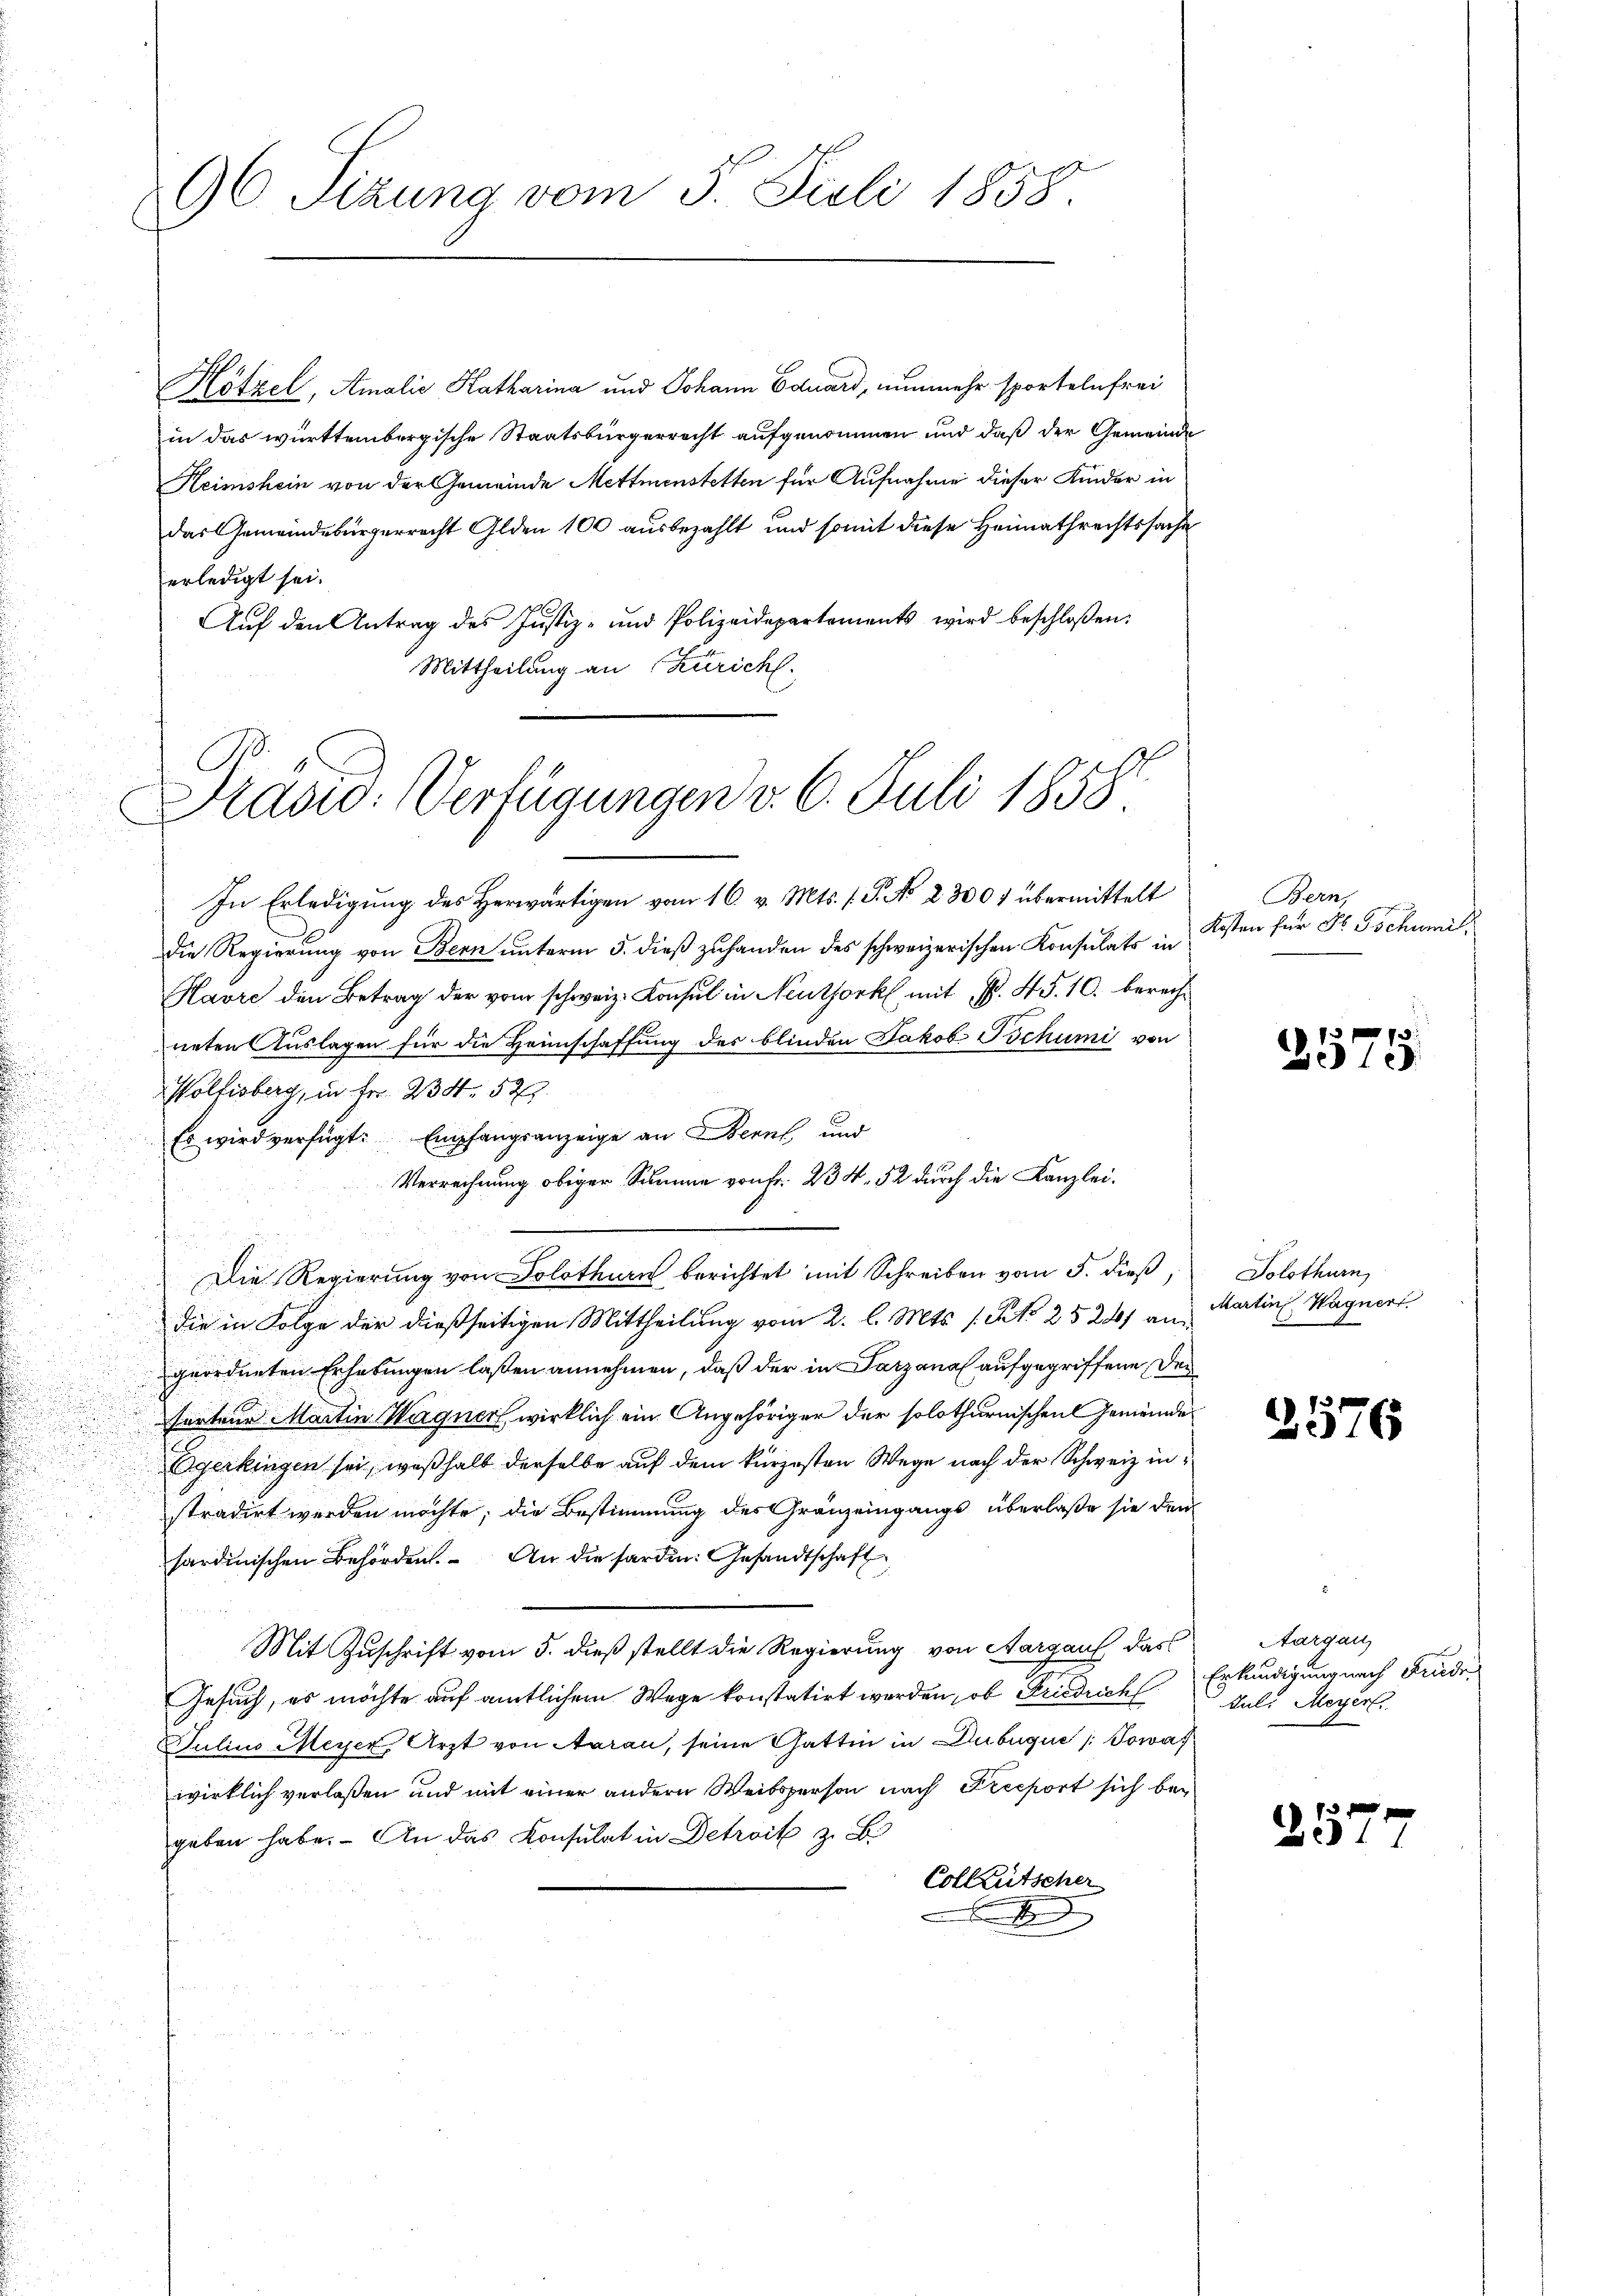
96 Sizung vom 5. Juli 1858.

Hötzel, Amalie Katharina und Johann Eduard, nunmehr sporteln frei
in das württembergische Staatsbürgerrecht aufgenommen und daß der Gemeinde
Heimshein von der Gemeinde Mettmenstetten für Aufnahme dieser Kinder in
das Gemeindebürgerrecht Glden 100 ausbezahlt und somit diese Heimathrechtssache
erledigt sei.
Aŭf den Antrag des Justiz- und Polizeidepartements wird beschloßen:
Mittheilung an Züricht.
C

Rasio: Verfügungen v. 6. Juli 1858

.
In Erledigung des Herwärtigen vom 16. v. Mts. (T. No 23007 übermittelt
Die Regierung von Bern unterm 5. dieß zuhanden des schweizerischen Konsulats in
Havre den Betrag der vom schweiz. Konsul in Neuthork mit No. 45. 10. berechneten Auslagen für die Heimschaffung des blinden Jakob Tschumi von
Wollisberg, in Fr. 234. 52
Es wird verfügt: Empfangsanzeige an Bern und
Verrechnung obiger Summe von Fr. 234. 52 durch die Kanzlei.
Die Regierung von Solothurn berichtet mit Schreiben vom 5. dieß,
die in Folge der dießseitigen Mittheilung vom 2. l. Mts. 1. No 252) an
geordneten Erhebungen laßen annehmen, daß der in Satzanal aufgegriffene der
fartene Martin Wagner, wirklich ein Angehöriger der solothurnischen Gemeinde
Egerkingen sei, weßhalb derselbe auf dem kürzesten Wege nach der Schweiz instradirt werden möchte; die Bestimmung des Gränzeingangs überlaße sie den
sardinischen Behörden. An die sarde. Gesandtschaft
Mit Zuschrift vom 5. dieß stellt die Regierung von Aargauf das
Gesuch, es möchte auf amtlichem Wege konstatirt werden, ob Friedrich
Julius Meyer, Arzt von Aarau, seine Gattin in Dubuque / Sowa
wirklich verlaßen und mit einer andern Weibsperson nach Freeport sich begeben habe. An das Konsulat in Detroit z. B.
Collentscher

Bern,
Kosten für St. Gschumil

2575.

Solothurn
Martin Wagner

2,576

Aargau,
Erkundigung nach Frudi
Jul. Meyer

2157